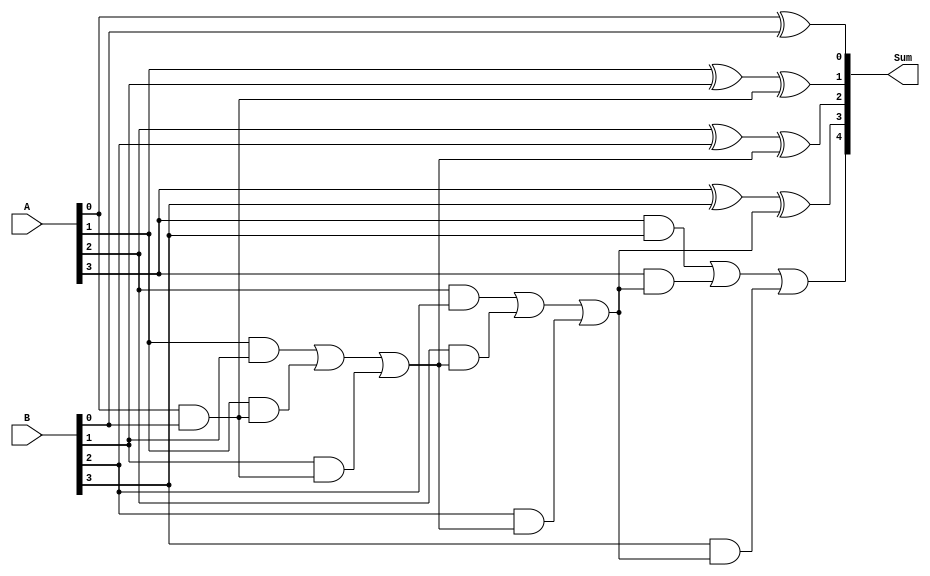
module carry_skip_lookahead_adder(
    input [3:0] A,
    input [3:0] B,
    output [4:0] Sum
);

wire [4:0] C; // Carry signals

// 1st stage
assign C[1] = A[0] & B[0];
assign Sum[0] = A[0] ^ B[0];

// 2nd stage
assign C[2] = (A[1] & B[1]) | (A[1] & C[1]) | (B[1] & C[1]);
assign Sum[1] = A[1] ^ B[1] ^ C[1];

// 3rd stage
assign C[3] = (A[2] & B[2]) | (A[2] & C[2]) | (B[2] & C[2]);
assign Sum[2] = A[2] ^ B[2] ^ C[2];

// 4th stage
assign C[4] = (A[3] & B[3]) | (A[3] & C[3]) | (B[3] & C[3]);
assign Sum[3] = A[3] ^ B[3] ^ C[3];
assign Sum[4] = C[4];

endmodule